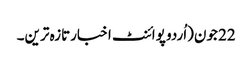
22 جون(اُردو پوائنٹ اخبارتازہ ترین۔